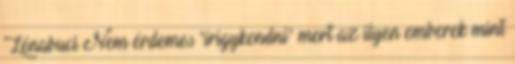
Lénabuci Nem érdemes "írigykendni" mert az ilyen emberek mint